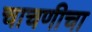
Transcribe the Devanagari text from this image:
चाचणीचा